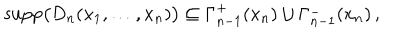
\mathrm { s u p p } \big ( D _ { n } ( x _ { 1 } , \ldots , x _ { n } ) \big ) \subseteq \Gamma _ { n - 1 } ^ { + } ( x _ { n } ) \cup \Gamma _ { n - 1 } ^ { - } ( x _ { n } ) \, ,